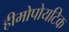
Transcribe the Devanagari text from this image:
हीमोपोयटिक